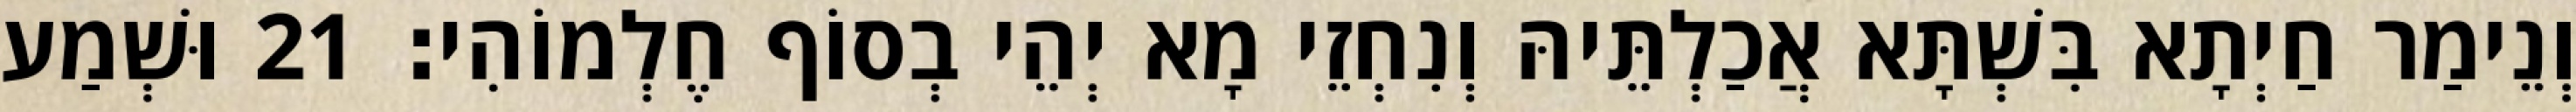
וְנֵימַר חַיְתָא בִּשְׁתָּא אֲכַלְתֵּיהּ וְנִחְזֵי מָא יְהֵי בְסוֹף חֶלְמוֹהִי׃ 21 וּשְׁמַע